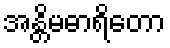
အန္တိမဓာရိတော